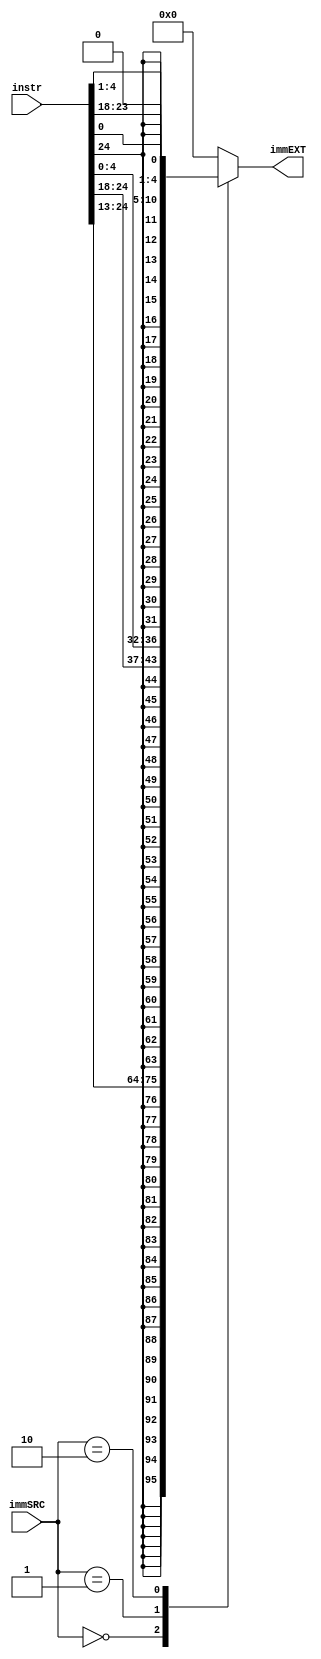
module sign_extend
( input [1:0] immSRC,
input [31:7] instr,
output reg [31:0] immEXT
);
always@(*)
begin
case(immSRC)
2'b00: immEXT={{20{instr[31]}},instr[31:20]};
2'b01: immEXT={{20{instr[31]}},instr[31:25],instr[11:7]};
2'b10: immEXT={{20{instr[31]}},instr[7],instr[30:25],instr[11:8],1'b0};
default: immEXT= 0;
//{{20{instr[31]}},instr[31:20]};
endcase 
end
endmodule